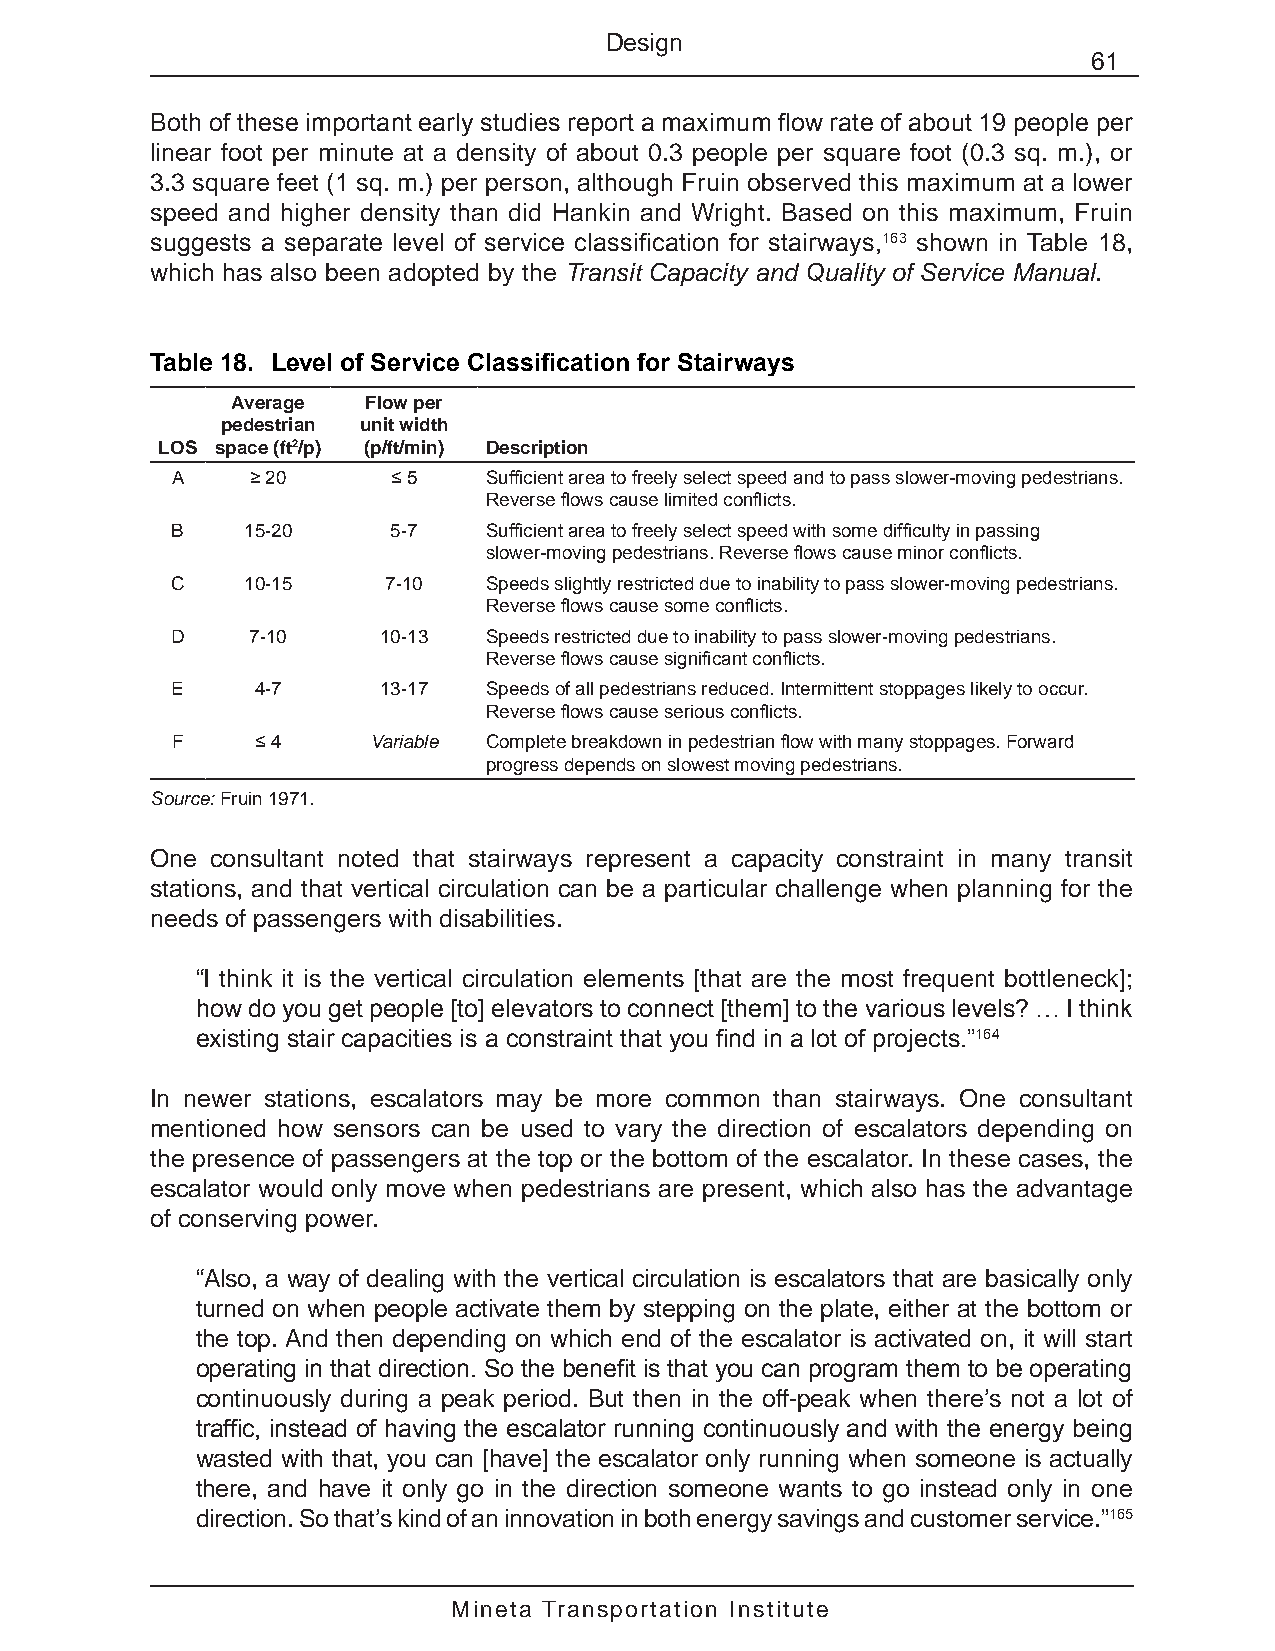
Design
 61
 Both of these important early studies report a maximum flow rate of about 19 people per
 linear foot per minute at a density of about 0.3 people per square foot (0.3 sq. m.), or
 3.3 square feet (1 sq. m.) per person, although Fruin observed this maximum at a lower
 speed and higher density than did Hankin and Wright. Based on this maximum, Fruin
 suggests a separate level of service classification for stairways,163 shown in Table 18,
 which has also been adopted by the Transit Capacity and Quality of Service Manual.
 Table 18. Level of Service Classification for Stairways
 Average  Flow per
 pedestrian unit width
 LOS space (ft2/p) (p/ft/min) Description
 A     ≥ 20     ≤ 5   Sufficient area to freely select speed and to pass slower-moving pedestrians.
 Reverse flows cause limited conflicts.
 B    15-20     5-7   Sufficient area to freely select speed with some difficulty in passing
 slower-moving pedestrians. Reverse flows cause minor conflicts.
 C    10-15     7-10  Speeds slightly restricted due to inability to pass slower-moving pedestrians.
 Reverse flows cause some conflicts.
 D     7-10    10-13  Speeds restricted due to inability to pass slower-moving pedestrians.
 Reverse flows cause significant conflicts.
 E     4-7     13-17  Speeds of all pedestrians reduced. Intermittent stoppages likely to occur.
 Reverse flows cause serious conflicts.
 F     ≤ 4    Variable Complete breakdown in pedestrian flow with many stoppages. Forward
 progress depends on slowest moving pedestrians.
 Source: Fruin 1971.
 One consultant noted that stairways represent a capacity constraint in many transit
 stations, and that vertical circulation can be a particular challenge when planning for the
 needs of passengers with disabilities.
 “I think it is the vertical circulation elements [that are the most frequent bottleneck];
 how do you get people [to] elevators to connect [them] to the various levels? … I think
 existing stair capacities is a constraint that you find in a lot of projects.”164
 In newer stations, escalators may be more common than stairways. One consultant
 mentioned how sensors can be used to vary the direction of escalators depending on
 the presence of passengers at the top or the bottom of the escalator. In these cases, the
 escalator would only move when pedestrians are present, which also has the advantage
 of conserving power.
 “Also, a way of dealing with the vertical circulation is escalators that are basically only
 turned on when people activate them by stepping on the plate, either at the bottom or
 the top. And then depending on which end of the escalator is activated on, it will start
 operating in that direction. So the benefit is that you can program them to be operating
 continuously during a peak period. But then in the off-peak when there’s not a lot of
 traffic, instead of having the escalator running continuously and with the energy being
 wasted with that, you can [have] the escalator only running when someone is actually
 there, and have it only go in the direction someone wants to go instead only in one
 direction. So that’s kind of an innovation in both energy savings and customer service.”165
 Mineta Transportation Institute